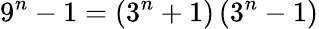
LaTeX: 9^{n}-1=\left(3^{n}+1\right)\left(3^{n}-1\right)